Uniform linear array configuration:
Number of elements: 48
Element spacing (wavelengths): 0.25
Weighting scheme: blackman
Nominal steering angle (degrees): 15
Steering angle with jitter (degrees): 13.525
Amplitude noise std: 0.05
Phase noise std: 0.05

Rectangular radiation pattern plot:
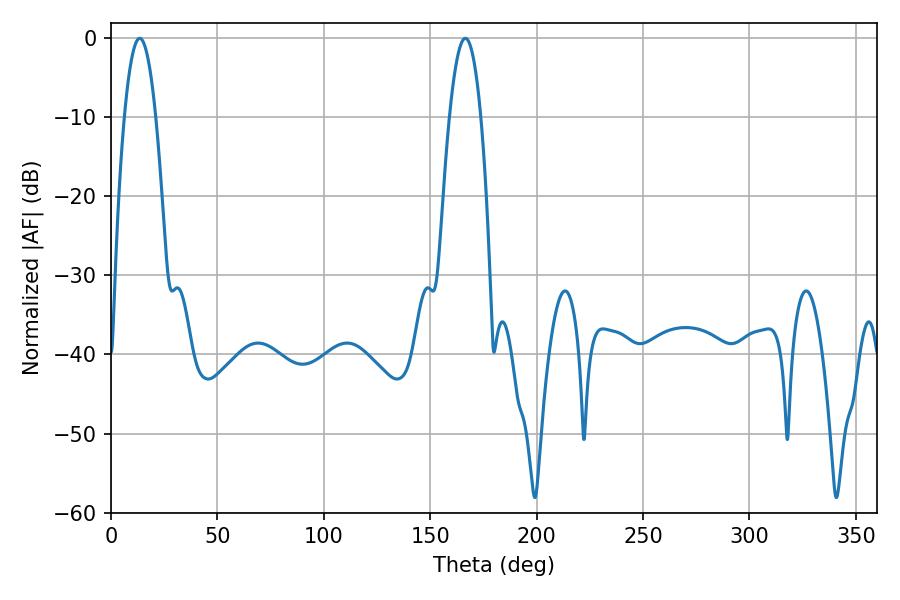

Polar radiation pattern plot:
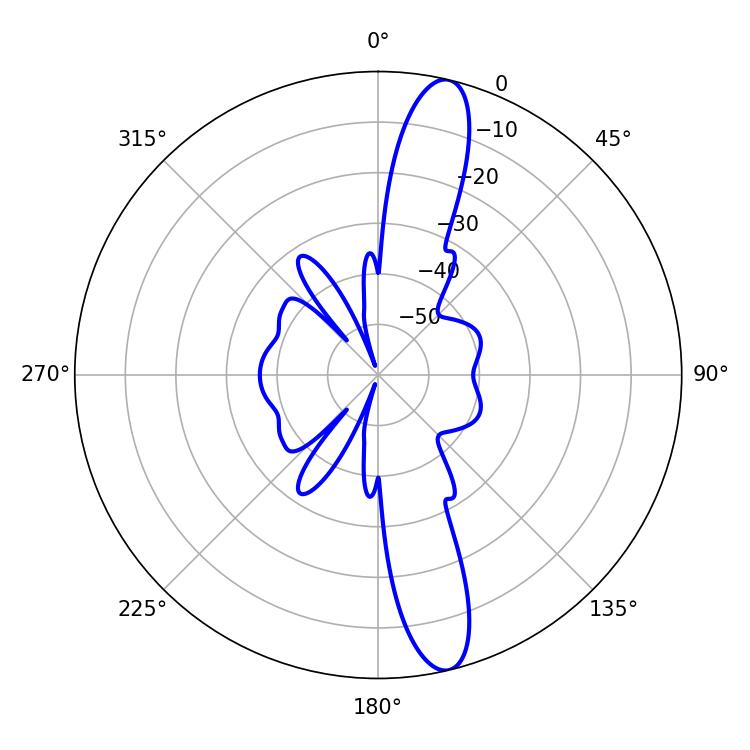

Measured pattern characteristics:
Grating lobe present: FALSE
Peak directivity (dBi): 14.477
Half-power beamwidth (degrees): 8.1
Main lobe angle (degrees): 13.5